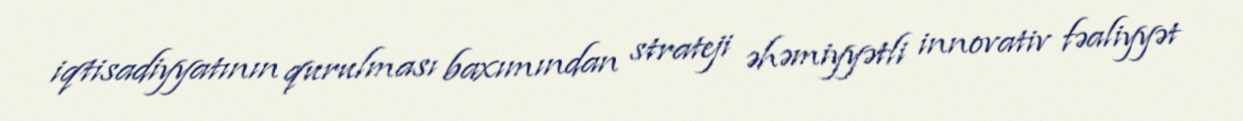
iqtisadiyyatının qurulması baxımından strateji əhəmiyyətli innovativ fəaliyyət